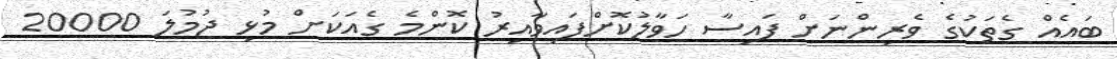
ބައެއް ގެތަކުގެ ވެރިންނަށް ފައިސާ ހަވާލުކޮށްފައިވާއިރު ކޮންމެ ގެއަކަށް މުޅި ޖުމުލަ 20000